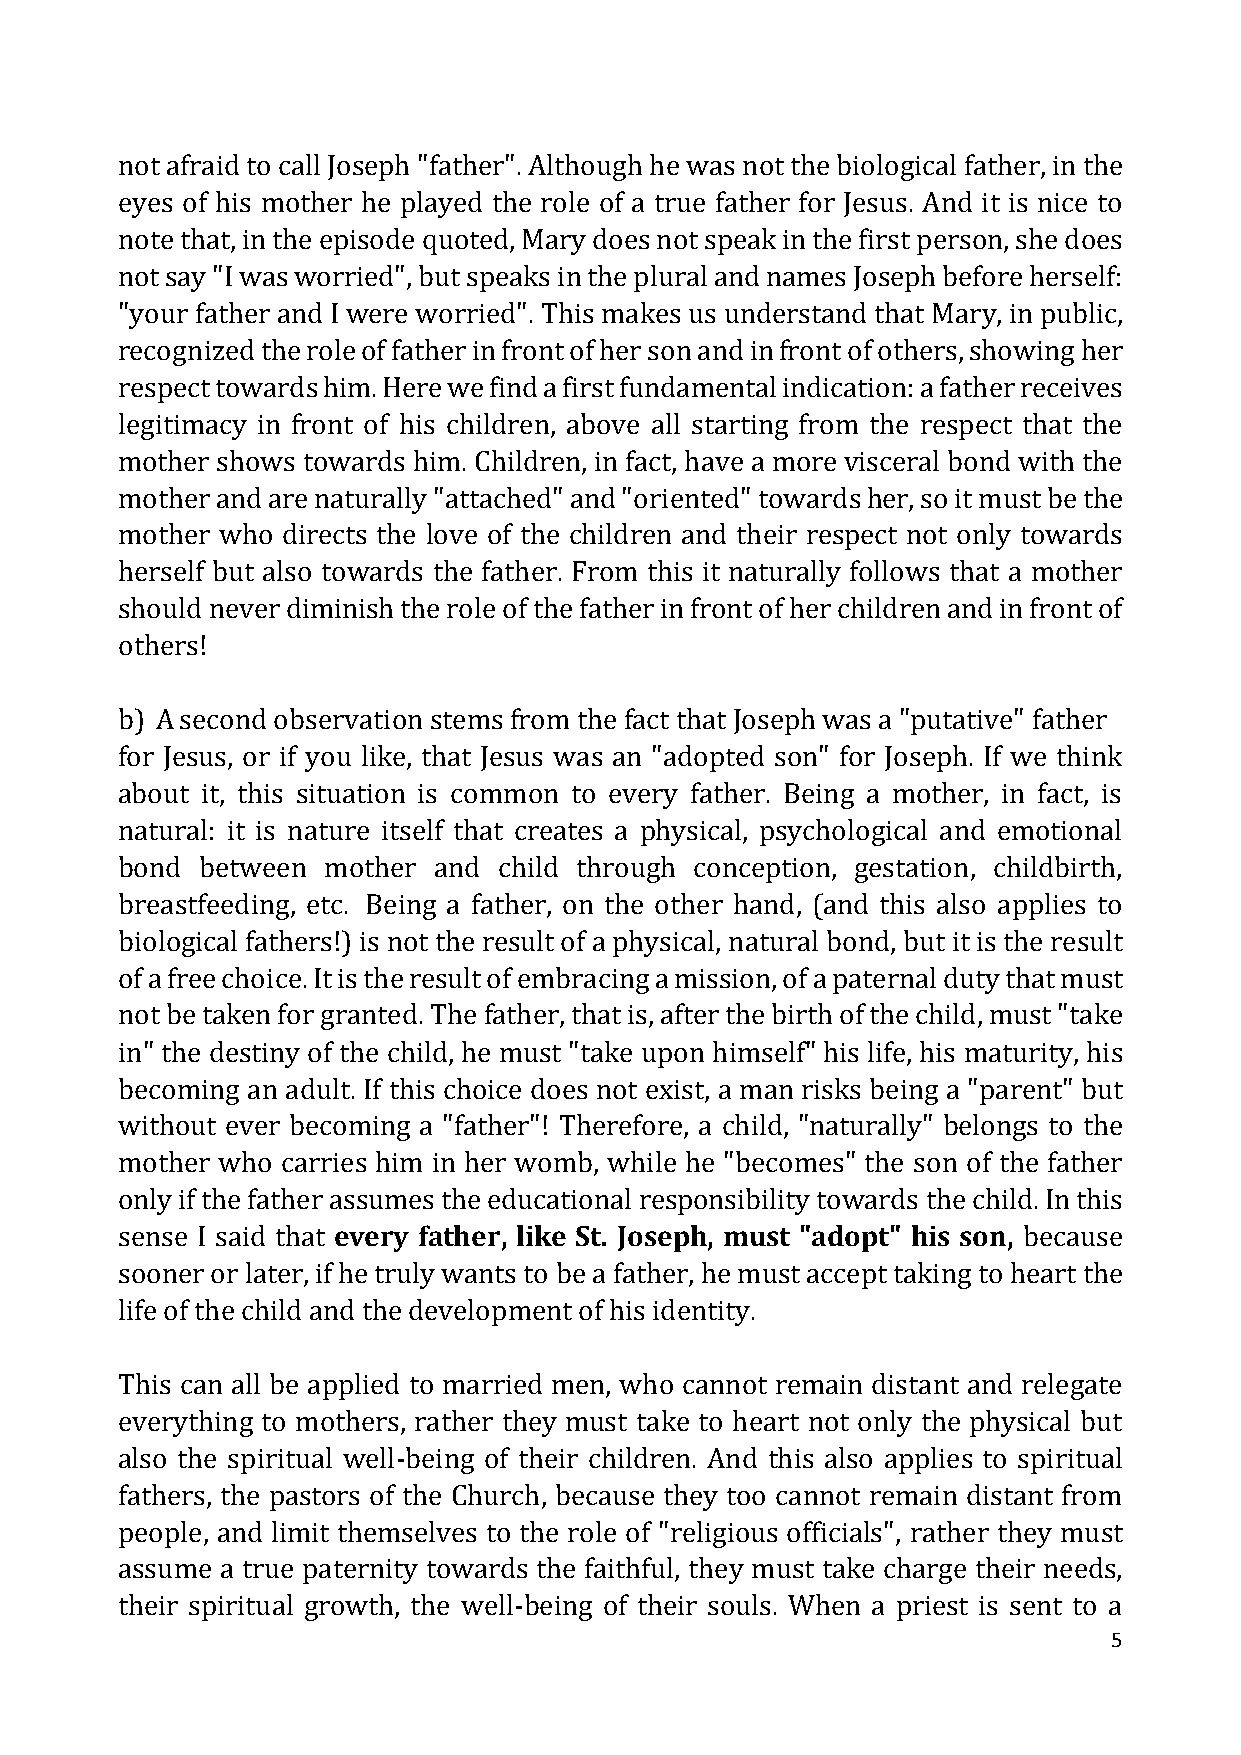
not afraid to call Joseph "father". Although he was not the biological father, in the
 eyes of his mother he played the role of a true father for Jesus. And it is nice to
 note that, in the episode quoted, Mary does not speak in the first person, she does
 not say "I was worried", but speaks in the plural and names Joseph before herself:
 "your father and I were worried". This makes us understand that Mary, in public,
 recognized the role of father in front of her son and in front of others, showing her
 respect towards him. Here we find a first fundamental indication: a father receives
 legitimacy in front of his children, above all starting from the respect that the
 mother shows towards him. Children, in fact, have a more visceral bond with the
 mother and are naturally "attached" and "oriented" towards her, so it must be the
 mother who directs the love of the children and their respect not only towards
 herself but also towards the father. From this it naturally follows that a mother
 should never diminish the role of the father in front of her children and in front of
 others!
 b) A second observation stems from the fact that Joseph was a "putative" father
 for Jesus, or if you like, that Jesus was an "adopted son" for Joseph. If we think
 about it, this situation is common to every father. Being a mother, in fact, is
 natural: it is nature itself that creates a physical, psychological and emotional
 bond between mother  and child through conception, gestation, childbirth,
 breastfeeding, etc. Being a father, on the other hand, (and this also applies to
 biological fathers!) is not the result of a physical, natural bond, but it is the result
 of a free choice. It is the result of embracing a mission, of a paternal duty that must
 not be taken for granted. The father, that is, after the birth of the child, must "take
 in" the destiny of the child, he must "take upon himself" his life, his maturity, his
 becoming an adult. If this choice does not exist, a man risks being a "parent" but
 without ever becoming a "father"! Therefore, a child, "naturally" belongs to the
 mother who carries him in her womb, while he "becomes" the son of the father
 only if the father assumes the educational responsibility towards the child. In this
 sense I said that every father, like St. Joseph, must "adopt" his son, because
 sooner or later, if he truly wants to be a father, he must accept taking to heart the
 life of the child and the development of his identity.
 This can all be applied to married men, who cannot remain distant and relegate
 everything to mothers, rather they must take to heart not only the physical but
 also the spiritual well-being of their children. And this also applies to spiritual
 fathers, the pastors of the Church, because they too cannot remain distant from
 people, and limit themselves to the role of "religious officials", rather they must
 assume a true paternity towards the faithful, they must take charge their needs,
 their spiritual growth, the well-being of their souls. When a priest is sent to a
 5